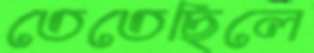
তেতেছিলে